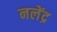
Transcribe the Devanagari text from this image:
नलेंद्र